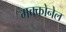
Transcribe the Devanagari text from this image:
मक्कोनेल